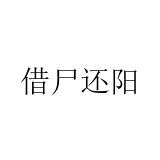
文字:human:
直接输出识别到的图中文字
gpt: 借尸还阳